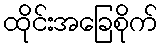
ထိုင်းအခြေစိုက်